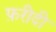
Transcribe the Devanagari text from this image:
फ़रीदी